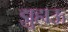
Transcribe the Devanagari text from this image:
झुहाऊ